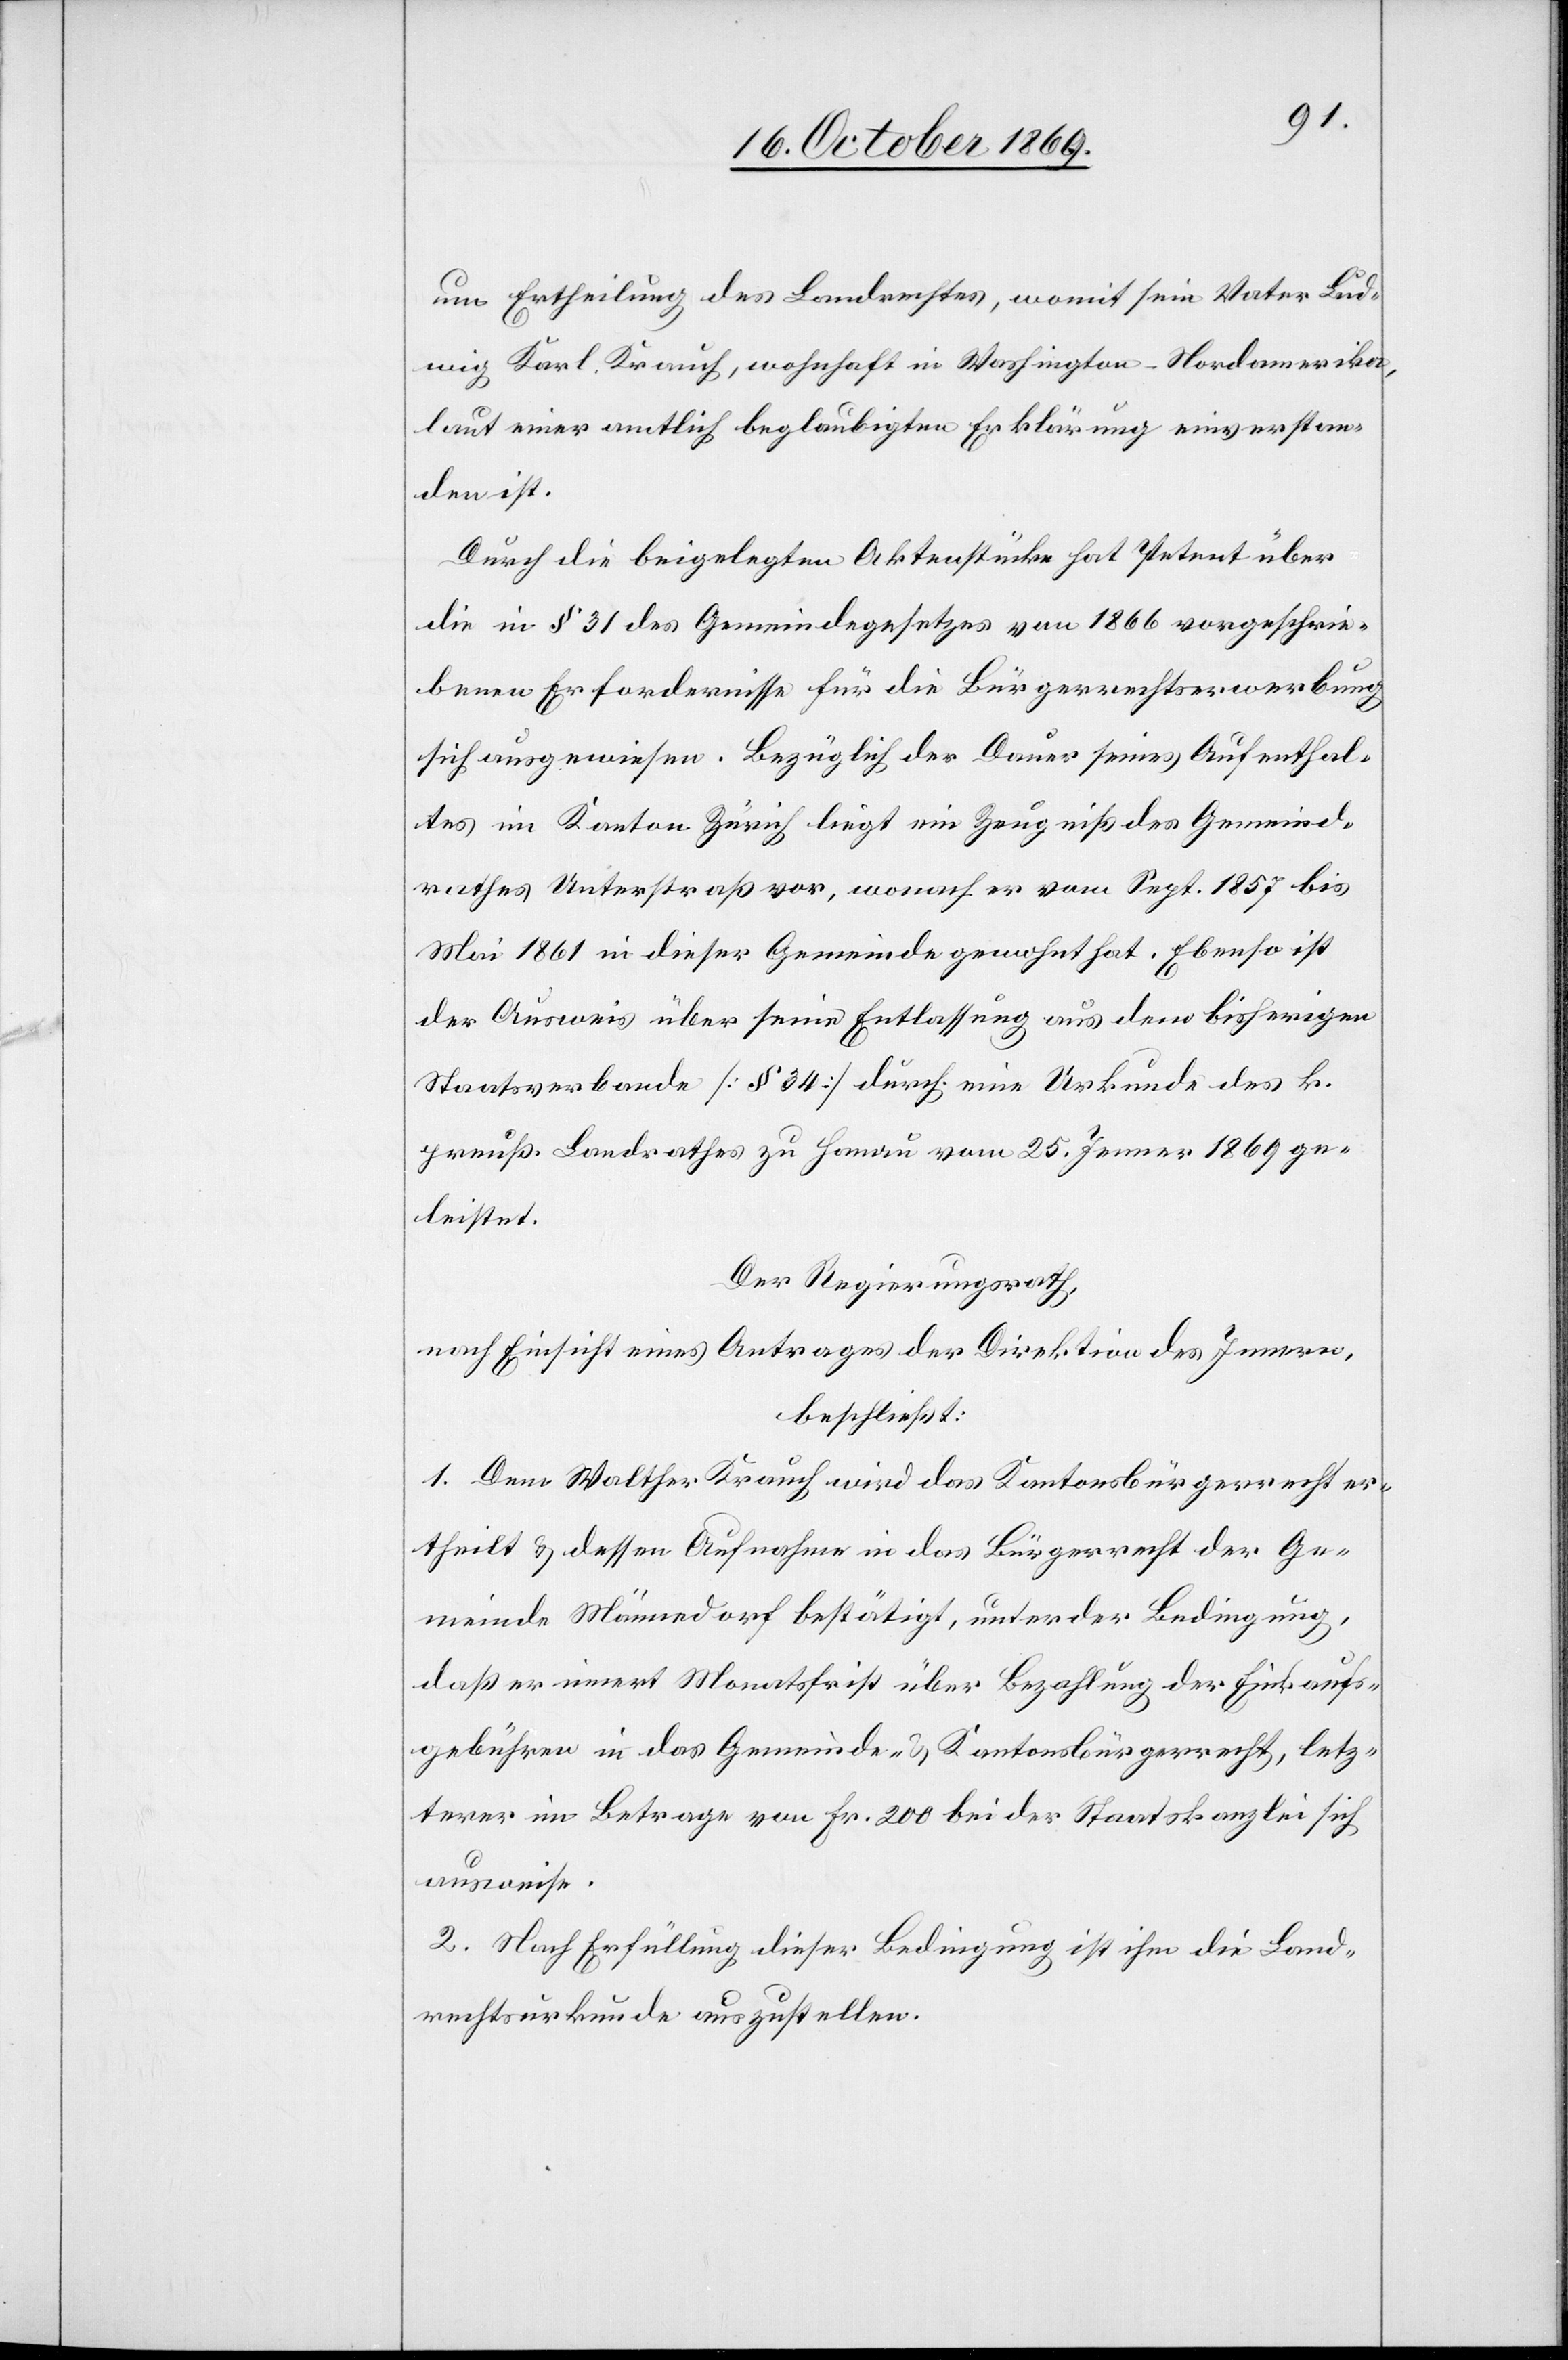
um Ertheilung des Landrechtes, womit sein Vater Lud¬
wig Karl Krauch, wohnhaft in Washington - Nordamerika,
laut einer amtlich beglaubigten Erklärung einverstan¬
den ist.
Durch die beigelegten Aktenstücke hat Petent über
die in § 31 des Gemeindegesetzes von 1866 vorgeschrie¬
benen Erfordernisse für die Bürgerrechtserwerbung
sich ausgewiesen. Bezüglich der Dauer seines Aufenthal¬
tes im Kanton Zürich liegt ein Zeugniß des Gemeind¬
rathes Unterstraß vor, wonach er vom Sept. 1857 bis
Mai 1861 in dieser Gemeinde gewohnt hat. Ebenso ist
der Ausweis über seine Entlassung aus dem bisherigen
Staatsverbande [§ 34] durch eine Urkunde des k.
preuß. Landrathes zu Hanau vom 25. Jenner 1869 ge¬
leistet.
Der Regierungsrath,
nach Einsicht eines Antrages der Direktion des Innern,
beschließt:
1. Dem Walther Krauch wird das Kantonsbürgerrecht er¬
theilt & dessen Aufnahme in das Bürgerrecht der Ge¬
meinde Männedorf bestätigt, unter der Bedingung,
daß er innert Monatsfrist über Bezahlung der Einkaufs¬
gebühren in das Gemeinde- & Kantonsbürgerrecht, letz¬
terer im Betrage von Fr. 200 bei der Staatskanzlei sich
ausweise.
2. Nach Erfüllung dieser Bedingung ist ihm die Land¬
rechtsurkunde auszustellen.